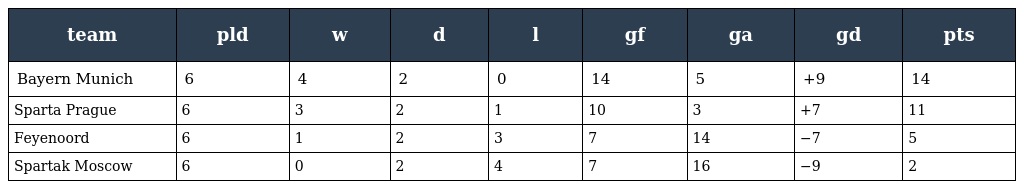
| team | pld | w | d | l | gf | ga | gd | pts |
 | --- | --- | --- | --- | --- | --- | --- | --- | --- |
 | Bayern Munich | 6 | 4 | 2 | 0 | 14 | 5 | +9 | 14 |
 | Sparta Prague | 6 | 3 | 2 | 1 | 10 | 3 | +7 | 11 |
 | Feyenoord | 6 | 1 | 2 | 3 | 7 | 14 | −7 | 5 |
 | Spartak Moscow | 6 | 0 | 2 | 4 | 7 | 16 | −9 | 2 |